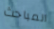
المباحث